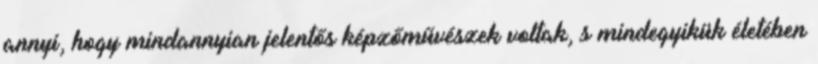
annyi, hogy mindannyian jelentős képzőművészek voltak, s mindegyikük életében